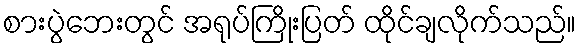
စားပွဲဘေးတွင် အရုပ်ကြိုးပြတ် ထိုင်ချလိုက်သည်။